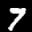
Label: 7